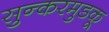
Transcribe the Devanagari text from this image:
सुन्करमुडकू